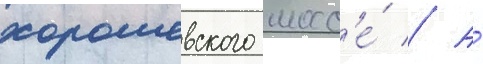
хорошевского шосс'е́ // А́